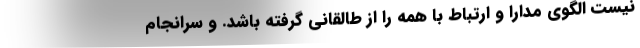
نیست الگوی مدارا و ارتباط با همه را از طالقانی گرفته باشد. و سرانجام